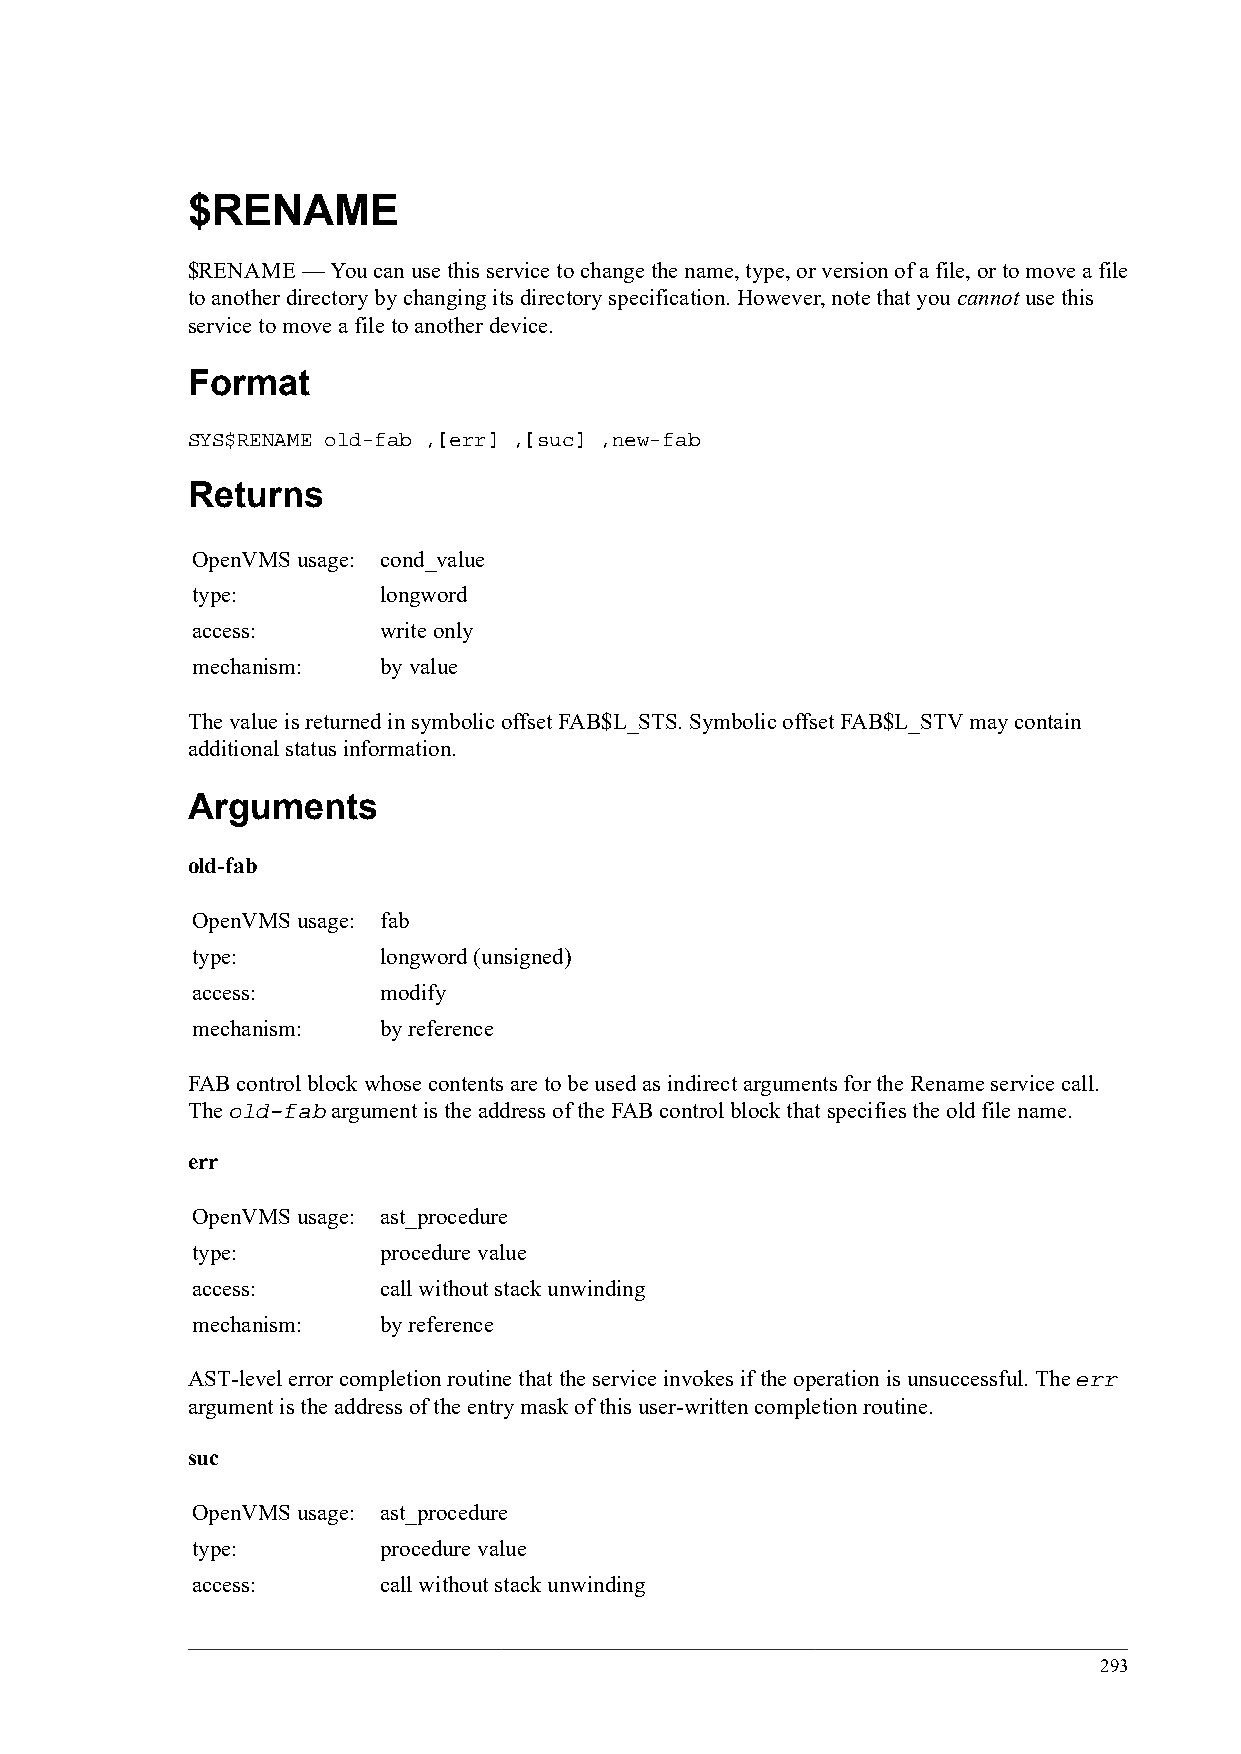
$RENAME
 $RENAME — You can use this service to change the name, type, or version of a file, or to move a file
 to another directory by changing its directory specification. However, note that you cannot use this
 service to move a file to another device.
 Format
 SYS$RENAME old-fab ,[err] ,[suc] ,new-fab
 Returns
 OpenVMS usage: cond_value
 type:       longword
 access:     write only
 mechanism:  by value
 The value is returned in symbolic offset FAB$L_STS. Symbolic offset FAB$L_STV may contain
 additional status information.
 Arguments
 old-fab
 OpenVMS usage: fab
 type:       longword (unsigned)
 access:     modify
 mechanism:  by reference
 FAB control block whose contents are to be used as indirect arguments for the Rename service call.
 The old-fab argument is the address of the FAB control block that specifies the old file name.
 err
 OpenVMS usage: ast_procedure
 type:       procedure value
 access:     call without stack unwinding
 mechanism:  by reference
 AST-level error completion routine that the service invokes if the operation is unsuccessful. The err
 argument is the address of the entry mask of this user-written completion routine.
 suc
 OpenVMS usage: ast_procedure
 type:       procedure value
 access:     call without stack unwinding
 293